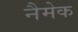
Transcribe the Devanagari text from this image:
नैमेक